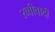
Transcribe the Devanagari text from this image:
रब्बीवादी